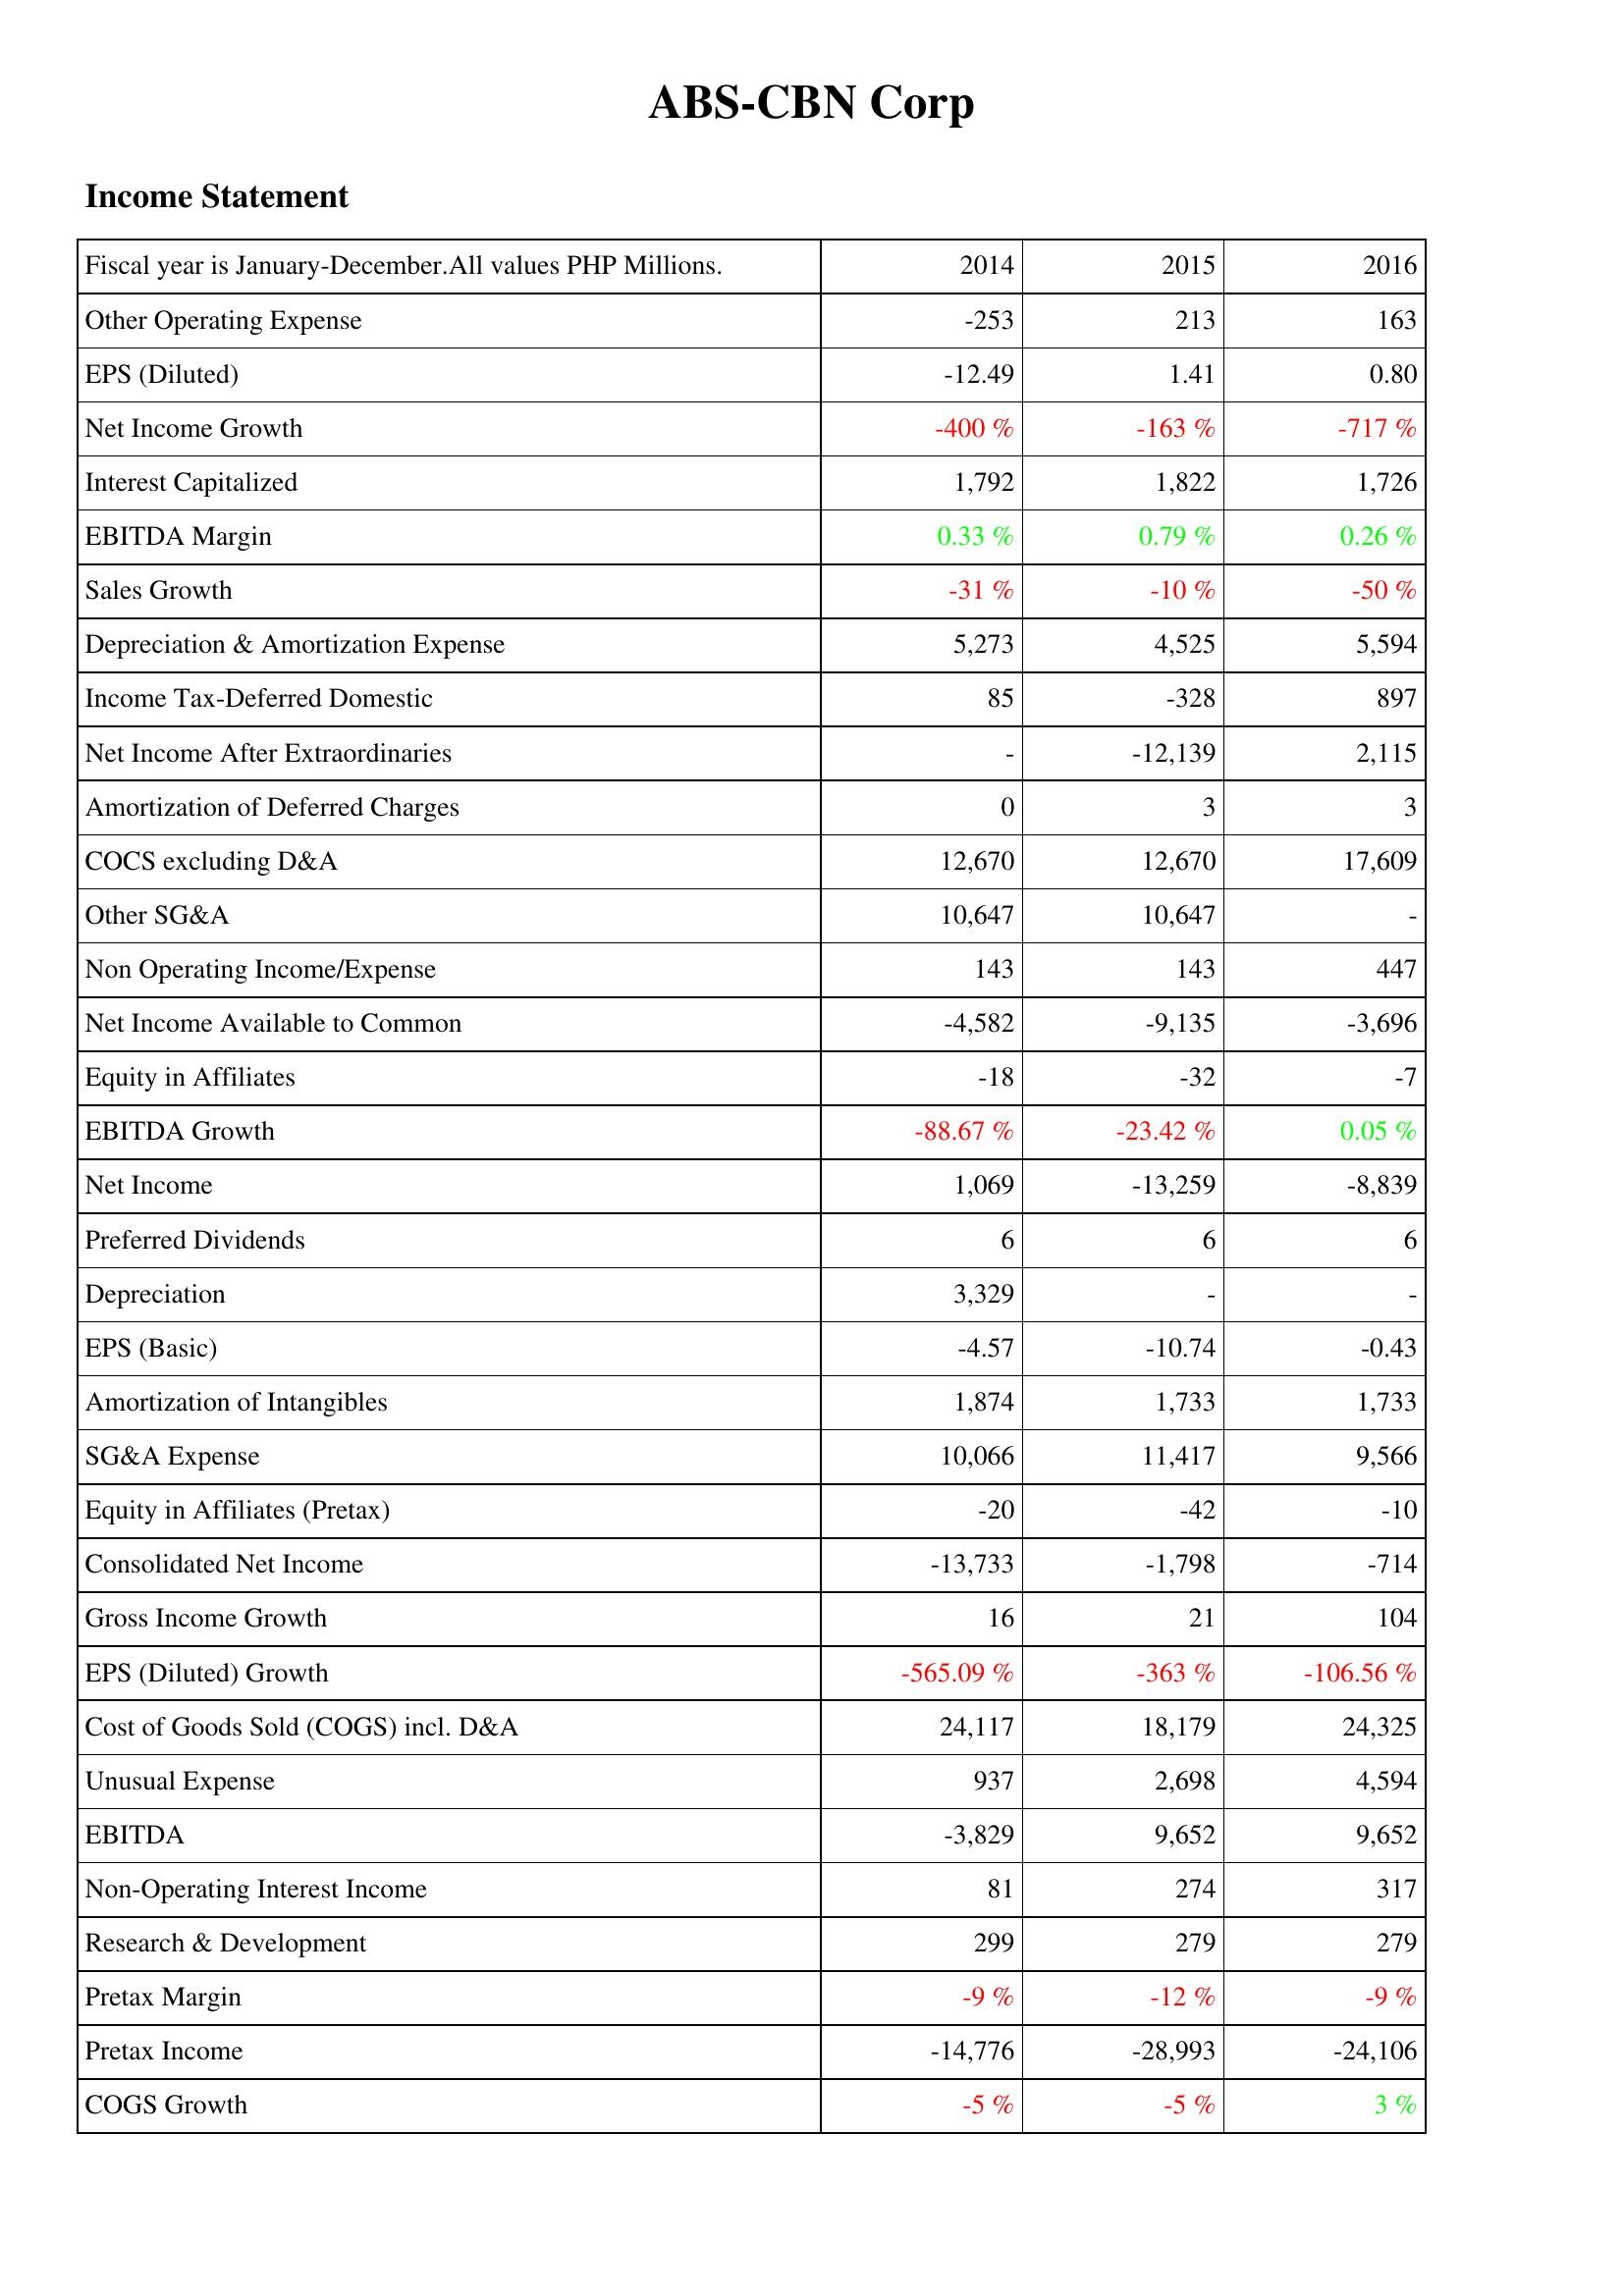
2014: Income Statement: Other Operating Expense: -253
EPS (Diluted): -12.49
Net Income Growth: -400 %
Interest Capitalized: 1,792
EBITDA Margin: 0.33 %
Sales Growth: -31 %
Depreciation & Amortization Expense: 5,273
Income Tax-Deferred Domestic: 85
Net Income After Extraordinaries: -
Amortization of Deferred Charges: 0
COCS excluding D&A: 12,670
Other SG&A: 10,647
Non Operating Income/Expense: 143
Net Income Available to Common: -4,582
Equity in Affiliates: -18
EBITDA Growth: -88.67 %
Net Income: 1,069
Preferred Dividends: 6
Depreciation: 3,329
EPS (Basic): -4.57
Amortization of Intangibles: 1,874
SG&A Expense: 10,066
Equity in Affiliates (Pretax): -20
Consolidated Net Income: -13,733
Gross Income Growth: 16
EPS (Diluted) Growth: -565.09 %
Cost of Goods Sold (COGS) incl. D&A: 24,117
Unusual Expense: 937
EBITDA: -3,829
Non-Operating Interest Income: 81
Research & Development: 299
Pretax Margin: -9 %
Pretax Income: -14,776
COGS Growth: -5 %
2015: Income Statement: Other Operating Expense: 213
EPS (Diluted): 1.41
Net Income Growth: -163 %
Interest Capitalized: 1,822
EBITDA Margin: 0.79 %
Sales Growth: -10 %
Depreciation & Amortization Expense: 4,525
Income Tax-Deferred Domestic: -328
Net Income After Extraordinaries: -12,139
Amortization of Deferred Charges: 3
COCS excluding D&A: 12,670
Other SG&A: 10,647
Non Operating Income/Expense: 143
Net Income Available to Common: -9,135
Equity in Affiliates: -32
EBITDA Growth: -23.42 %
Net Income: -13,259
Preferred Dividends: 6
Depreciation: -
EPS (Basic): -10.74
Amortization of Intangibles: 1,733
SG&A Expense: 11,417
Equity in Affiliates (Pretax): -42
Consolidated Net Income: -1,798
Gross Income Growth: 21
EPS (Diluted) Growth: -363 %
Cost of Goods Sold (COGS) incl. D&A: 18,179
Unusual Expense: 2,698
EBITDA: 9,652
Non-Operating Interest Income: 274
Research & Development: 279
Pretax Margin: -12 %
Pretax Income: -28,993
COGS Growth: -5 %
2016: Income Statement: Other Operating Expense: 163
EPS (Diluted): 0.80
Net Income Growth: -717 %
Interest Capitalized: 1,726
EBITDA Margin: 0.26 %
Sales Growth: -50 %
Depreciation & Amortization Expense: 5,594
Income Tax-Deferred Domestic: 897
Net Income After Extraordinaries: 2,115
Amortization of Deferred Charges: 3
COCS excluding D&A: 17,609
Other SG&A: -
Non Operating Income/Expense: 447
Net Income Available to Common: -3,696
Equity in Affiliates: -7
EBITDA Growth: 0.05 %
Net Income: -8,839
Preferred Dividends: 6
Depreciation: -
EPS (Basic): -0.43
Amortization of Intangibles: 1,733
SG&A Expense: 9,566
Equity in Affiliates (Pretax): -10
Consolidated Net Income: -714
Gross Income Growth: 104
EPS (Diluted) Growth: -106.56 %
Cost of Goods Sold (COGS) incl. D&A: 24,325
Unusual Expense: 4,594
EBITDA: 9,652
Non-Operating Interest Income: 317
Research & Development: 279
Pretax Margin: -9 %
Pretax Income: -24,106
COGS Growth: 3 %